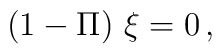
(1-\Pi)\ \xi = 0\, ,